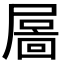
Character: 𡳄